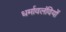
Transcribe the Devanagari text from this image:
धर्मावलंवियों